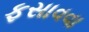
ફસાવવા